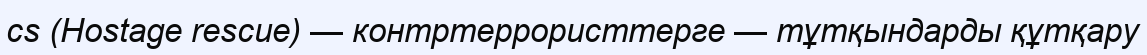
cs (Hostage rescue) — контртеррористтерге — тұтқындарды құтқару